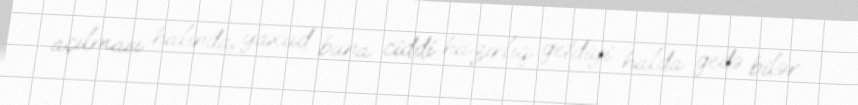
açılması halında, yaxud buna ciddi hazırlıq getdiyi halda gedə bilər.